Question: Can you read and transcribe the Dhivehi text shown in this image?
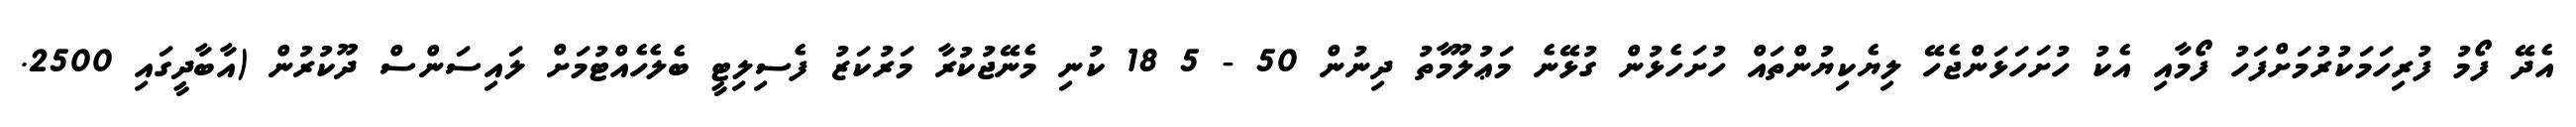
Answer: އެދޭ ފޯމު ފުރިހަމަކުރުމަށްފަހު ފޯމާއި އެކު ހުށަހަޅަންޖެހޭ ލިޔެކިޔުންތައް ހުށަހެޅުން ގުޅޭނެ މަޢުލޫމާތު ދިނުން 50 - 5 18 ކުނި މެނޭޖުކުރާ މަރުކަޒު ފެސިލިޓީ ބެލެހެއްޓުމަށް ލައިސަންސް ދޫކުރުން (އާބާދީގައި 2500.